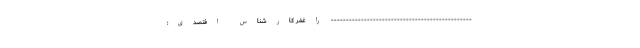
----------------------------------------------- راغفر کارشناس افتصدی: